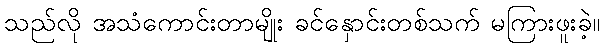
သည်လို အသံကောင်းတာမျိုး ခင်နှောင်းတစ်သက် မကြားဖူးခဲ့။